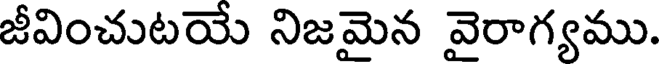
జీవించుటయే నిజమైన వైరాగ్యము.